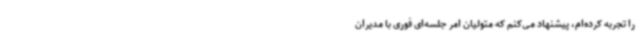
را تجربه کرده‌ام، پیشنهاد می‌کنم که متولیان امر جلسه‌ای فوری با مدیران